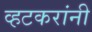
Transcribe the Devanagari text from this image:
व्हटकरांनी